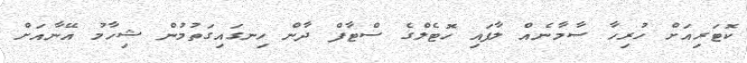
ކޮޓަރިއަށް ހުރިހާ ސާމާނެއް ލާފައި ހޮޓެލްގެ ސްޓާފް ދާން ހިނގައިގަތުމުން ޝިހާމު އޭނާއަށް